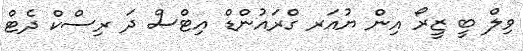
ވިލް ބީ ޒީރޯ އިން ޔުއަރ ގްރައުންޑް އިޓްސް ދަ ރިސްކް ދެޓް